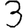
Digit: 3